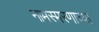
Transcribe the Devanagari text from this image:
नामस्मरणाच्या